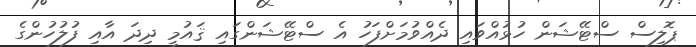
ޕޮލިސް ސްޓޭޝަން ހުޅުއްވައި ދެއްވުމަށްފަހު އެ ސްޓޭޝަންގައި ޤައުމީ ދިދަ އާއި ފުލުހުންގެ